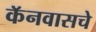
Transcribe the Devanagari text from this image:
कॅनवासचे